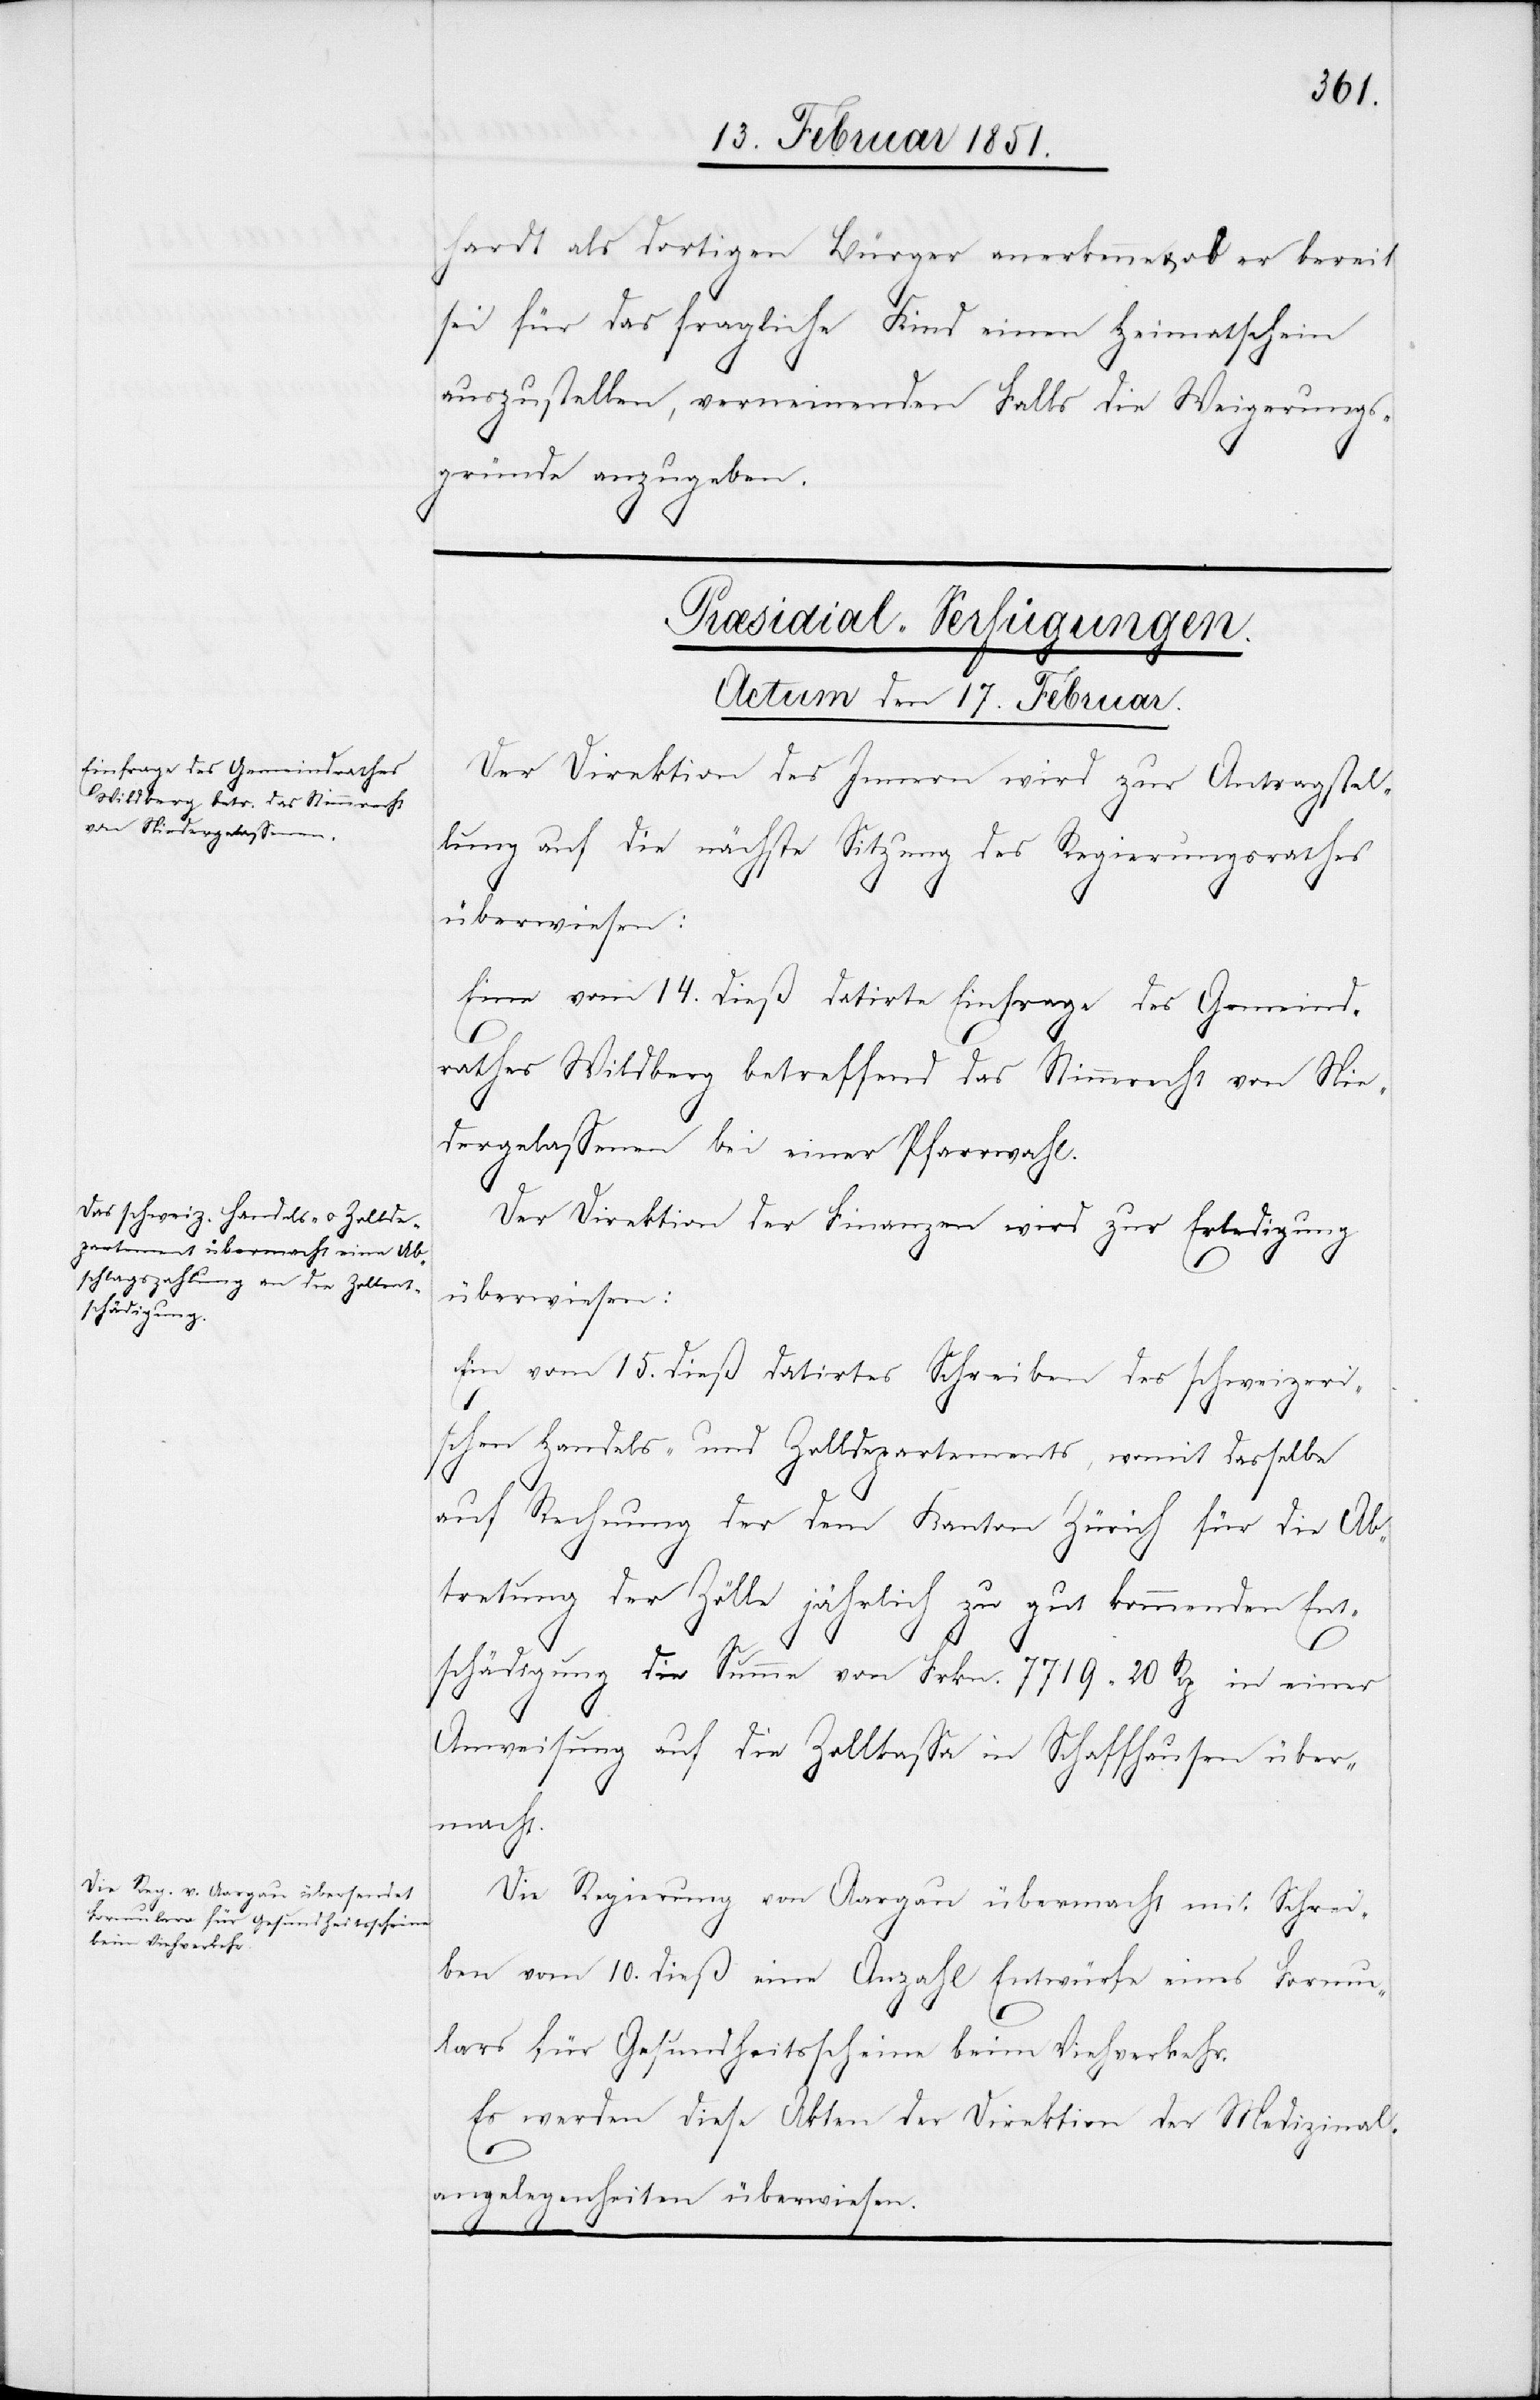
hardt als dortigen Bürger anerkenne & ob er bereit
sei für das fragliche Kind einen Heimatschein
auszustellen, verneinenden Falls die Weigerungs¬
gründe anzugeben.
[Præsidial-Verfügungen.
Actum den 17. Februar.]
Der Direktion des Innern wird zur Antragstel¬
lung auf die nächste Sitzung des Regierungsrathes
überwiesen:
Eine vom 14. dieß datirte Einfrage des Gemeind¬
rathes Wildberg betreffend das Stimmrecht von Nie¬
dergelassenen bei einer Pfarrwahl.
Der Direktion der Finanzen wird zur Erledigung
überwiesen:
Ein vom 15. dieß datirtes Schreiben des schweizeri¬
schen Handels- und Zolldepartements, womit dasselbe
auf Rechnung der dem Kanton Zürich für die Ab¬
tretung der Zölle jährlich zu gut kommenden Ent¬
schädigung die Summe von Frkn. 7719 20 Rp in einer
Anweisung auf die Zollkassa in Schaffhausen über¬
macht.
Die Regierung von Aargau übermacht mit Schrei¬
ben vom 10. dieß eine Anzahl Entwürfe eines Formu¬
lars für Gesundheitsscheine beim Viehverkehr.
Es werden diese Akten der Direktion der Medizinal¬
angelegenheiten überwiesen.